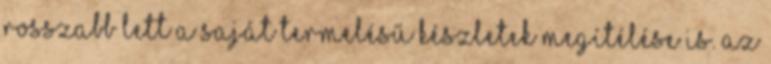
rosszabb lett a saját termelésű készletek megítélése is. Az